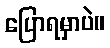
ပြောရမှာပဲ။